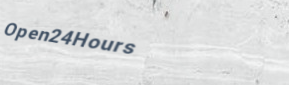
Open24Hours